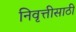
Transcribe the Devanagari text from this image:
निवृत्तीसाठी